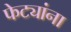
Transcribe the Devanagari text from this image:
फेट्यांना